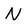
Character: N